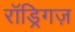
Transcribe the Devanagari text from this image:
रॉड्रिगज़